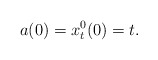
\begin{align*}a(0)=x_t^0(0)=t.\end{align*}